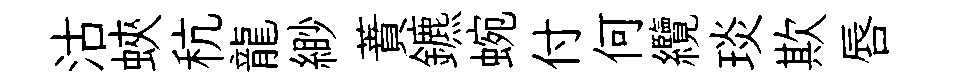
沽蛺秔龍緲蕡鑣蜿付何纜琰欺唇